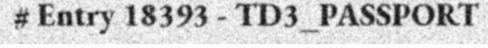
# Entry 18393 - TD3_PASSPORT